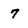
Character: 7